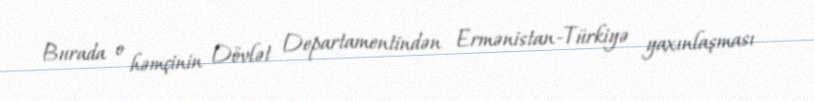
Burada o həmçinin Dövlət Departamentindən Ermənistan-Türkiyə yaxınlaşması